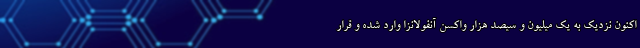
اکنون نزدیک به یک میلیون و سیصد هزار واکسن آنفولانزا وارد شده و قرار